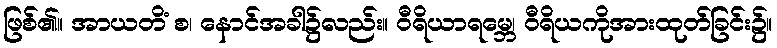
ဖြစ်၏။ အာယတိံ စ၊ နောင်အခါ၌လည်း။ ဝီရိယာရမ္ဘေ၊ ဝီရိယကိုအားထုတ်ခြင်း၌။